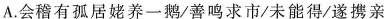
A.会稽有孤居绷养一鹅/善鸣求市/未能得/遂携亲